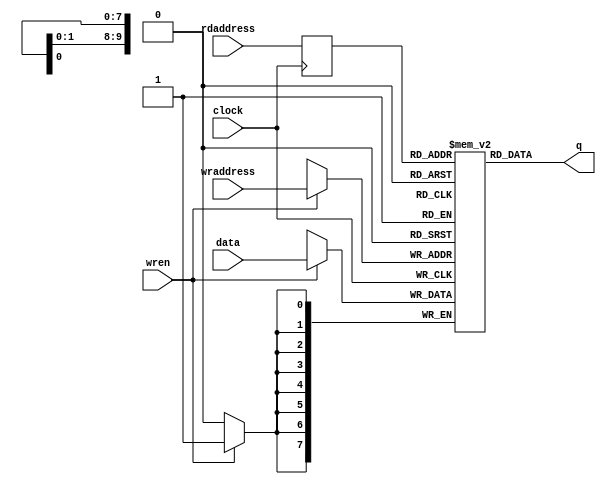
module dpram
       #(
         parameter WIDTH = 8,
         parameter DEPTH = 10
       )
       ( input                   clock,
         input    [WIDTH-1:0]    data,
         input    [DEPTH-1:0]    wraddress,
         input    [DEPTH-1:0]    rdaddress,
         input                   wren,
         output   [WIDTH-1:0]    q
       );
       
reg [WIDTH-1:0] ram[2**DEPTH-1:0];   //declare ram
reg [DEPTH-1:0] raddr_reg ;

always @ (posedge clock)
  begin
    if (wren)                //write
      ram[wraddress] <= data;
      raddr_reg <= rdaddress ;
  end
  
assign q = ram[raddr_reg] ;

endmodule